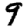
Digit: 9